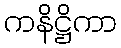
ကနိဋ္ဌိကာ